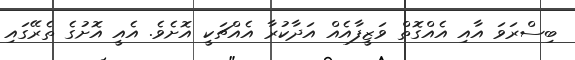
ބިސްރަވަ އާއި އެއްގޮތް ވަޒީފާއެއް އަދާކުރާ އެއްޗަކީ އޮށެވެ. އެއީ އޮށުގެ ތެރޭގައި